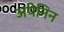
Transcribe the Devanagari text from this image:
अपेनिन